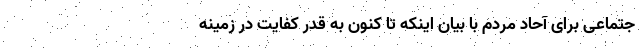
جتماعی برای آحاد مردم با بیان اینکه تا کنون به قدر کفایت در زمینه